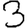
Digit: 3